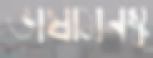
ভাষামনস্ক